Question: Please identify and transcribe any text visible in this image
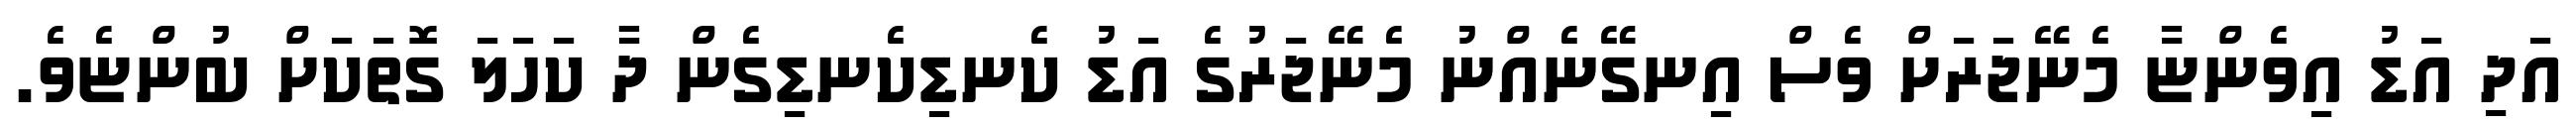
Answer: އަދި އަޑު އިވެންޏާ މެނޭޖަރަށް ވެސް އިނގޭނެއްނު މެނޭޖަރުގެ އަޑު ކެނޑިކެނޑިގެން ދާ ކަހަލަ ގޮތަކަށް ބުންޏެވެ.